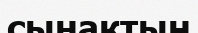
сынақтың